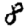
Digit: 8